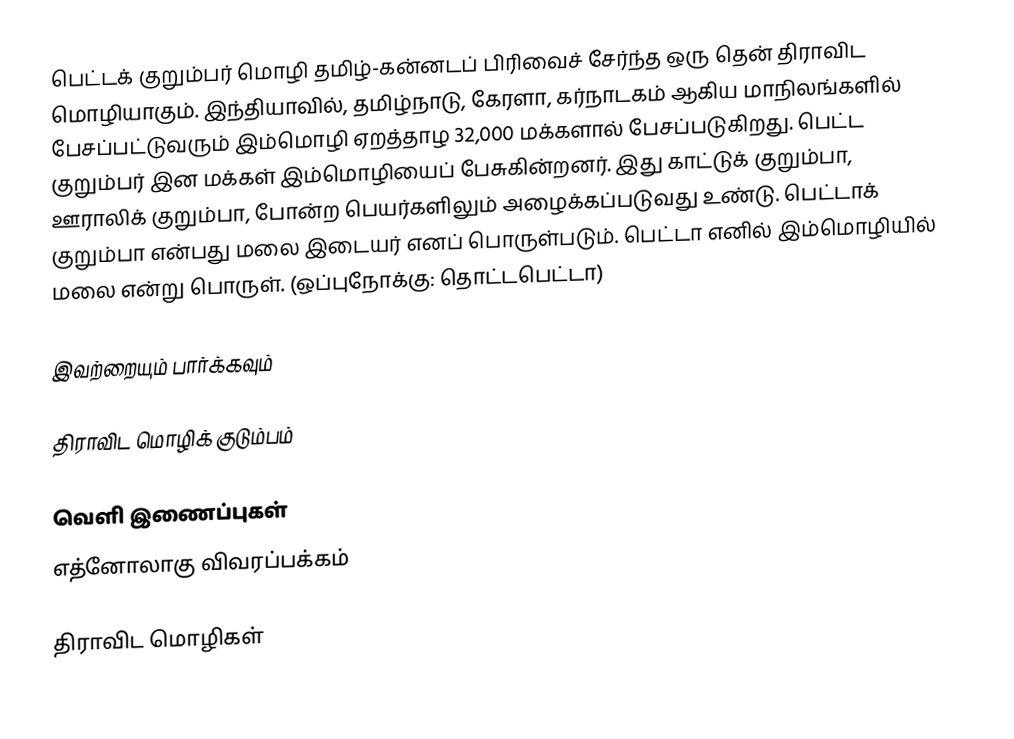
பெட்டக் குறும்பர் மொழி தமிழ்-கன்னடப் பிரிவைச் சேர்ந்த ஒரு தென் திராவிட மொழியாகும். இந்தியாவில், தமிழ்நாடு, கேரளா, கர்நாடகம் ஆகிய மாநிலங்களில் பேசப்பட்டுவரும் இம்மொழி ஏறத்தாழ 32,000 மக்களால் பேசப்படுகிறது. பெட்ட குறும்பர் இன மக்கள் இம்மொழியைப் பேசுகின்றனர். இது காட்டுக் குறும்பா, ஊராலிக் குறும்பா, போன்ற பெயர்களிலும் அழைக்கப்படுவது உண்டு. பெட்டாக் குறும்பா என்பது மலை இடையர் எனப் பொருள்படும்.  பெட்டா எனில் இம்மொழியில் மலை என்று பொருள். (ஒப்புநோக்கு: தொட்டபெட்டா)

இவற்றையும் பார்க்கவும்

 திராவிட மொழிக் குடும்பம்

வெளி இணைப்புகள்
 எத்னோலாகு விவரப்பக்கம்

திராவிட மொழிகள்